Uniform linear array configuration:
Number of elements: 4
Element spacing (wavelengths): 0.25
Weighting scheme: hann
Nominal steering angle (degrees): -30
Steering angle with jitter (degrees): -31.544
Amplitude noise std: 0.05
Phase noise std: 0.05

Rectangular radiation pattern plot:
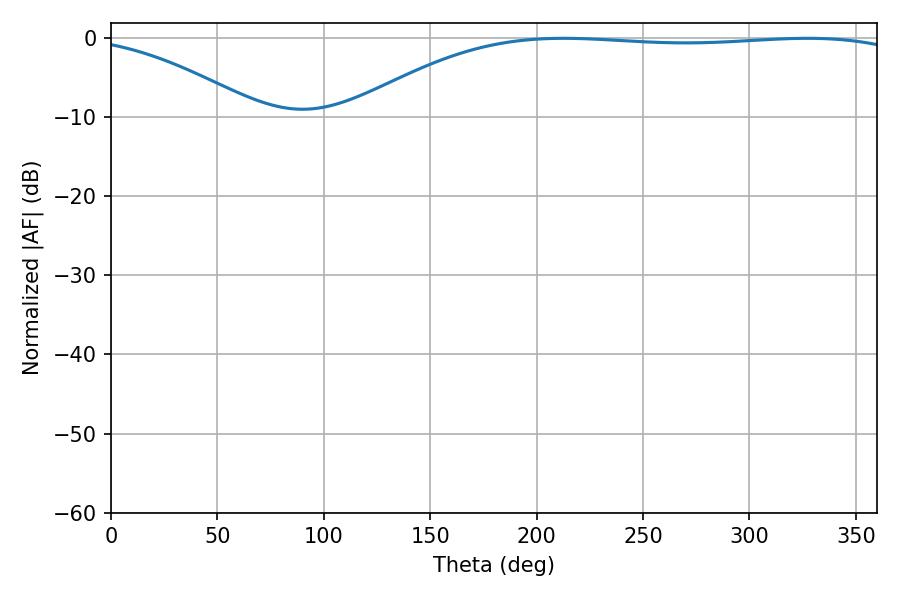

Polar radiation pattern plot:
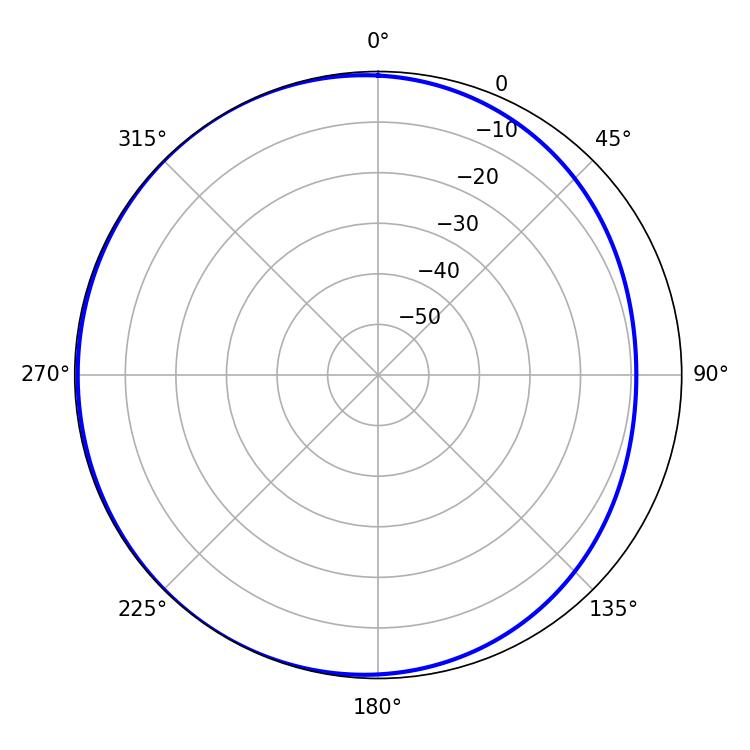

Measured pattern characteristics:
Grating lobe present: FALSE
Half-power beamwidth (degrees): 207.36
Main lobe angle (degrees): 212.58